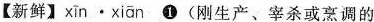
【新鲜】 xīn · xīan ① (刚生产、宰杀或烹调的